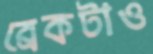
ব্রেকটাও